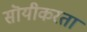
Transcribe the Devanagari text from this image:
सॊयीकरता